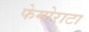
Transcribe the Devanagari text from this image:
फेमोराटा